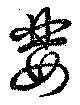
婪